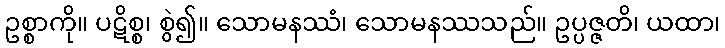
ဥစ္စာကို။ ပဋိစ္စ၊ စွဲ၍။ သောမနဿံ၊ သောမနဿသည်။ ဥပ္ပဇ္ဇတိ၊ ယထာ၊